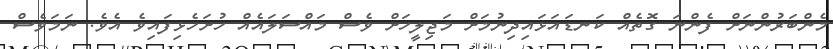
މެންބަރުންނަށް ފެންނަ ގޮތެއް ކަނޑައަޅައިދިނުމަށް މަޖިލީހަށް ވެސް މައްސަލައެއް ހުށަހެޅިފައިވެ އެވެ. ނަމަވެސް